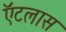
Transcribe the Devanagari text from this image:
ऍटलास